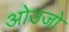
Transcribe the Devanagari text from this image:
ओउजो